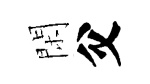
閑父